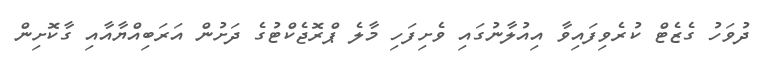
ދުވަހު ގެޒެޓް ކުރެވިފައިވާ އިއުލާނުގައި ވެށިފަހި މާލެ ޕްރޮޖެކްޓުގެ ދަށުން އަރަބިއްޔާއާއި ގާކޮށިން